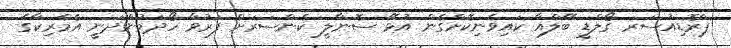
ޕްރޮޑިއުސަރ ގޯލްޑީ ބޭލްއާ ކައިވެނިކޮށްގެން އުޅޭ ސޮނާލީ ކެންސަރަށް ފަރުވާ ހޯދަމުންދަނީ އެމެރިކާގެ